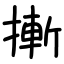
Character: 摲